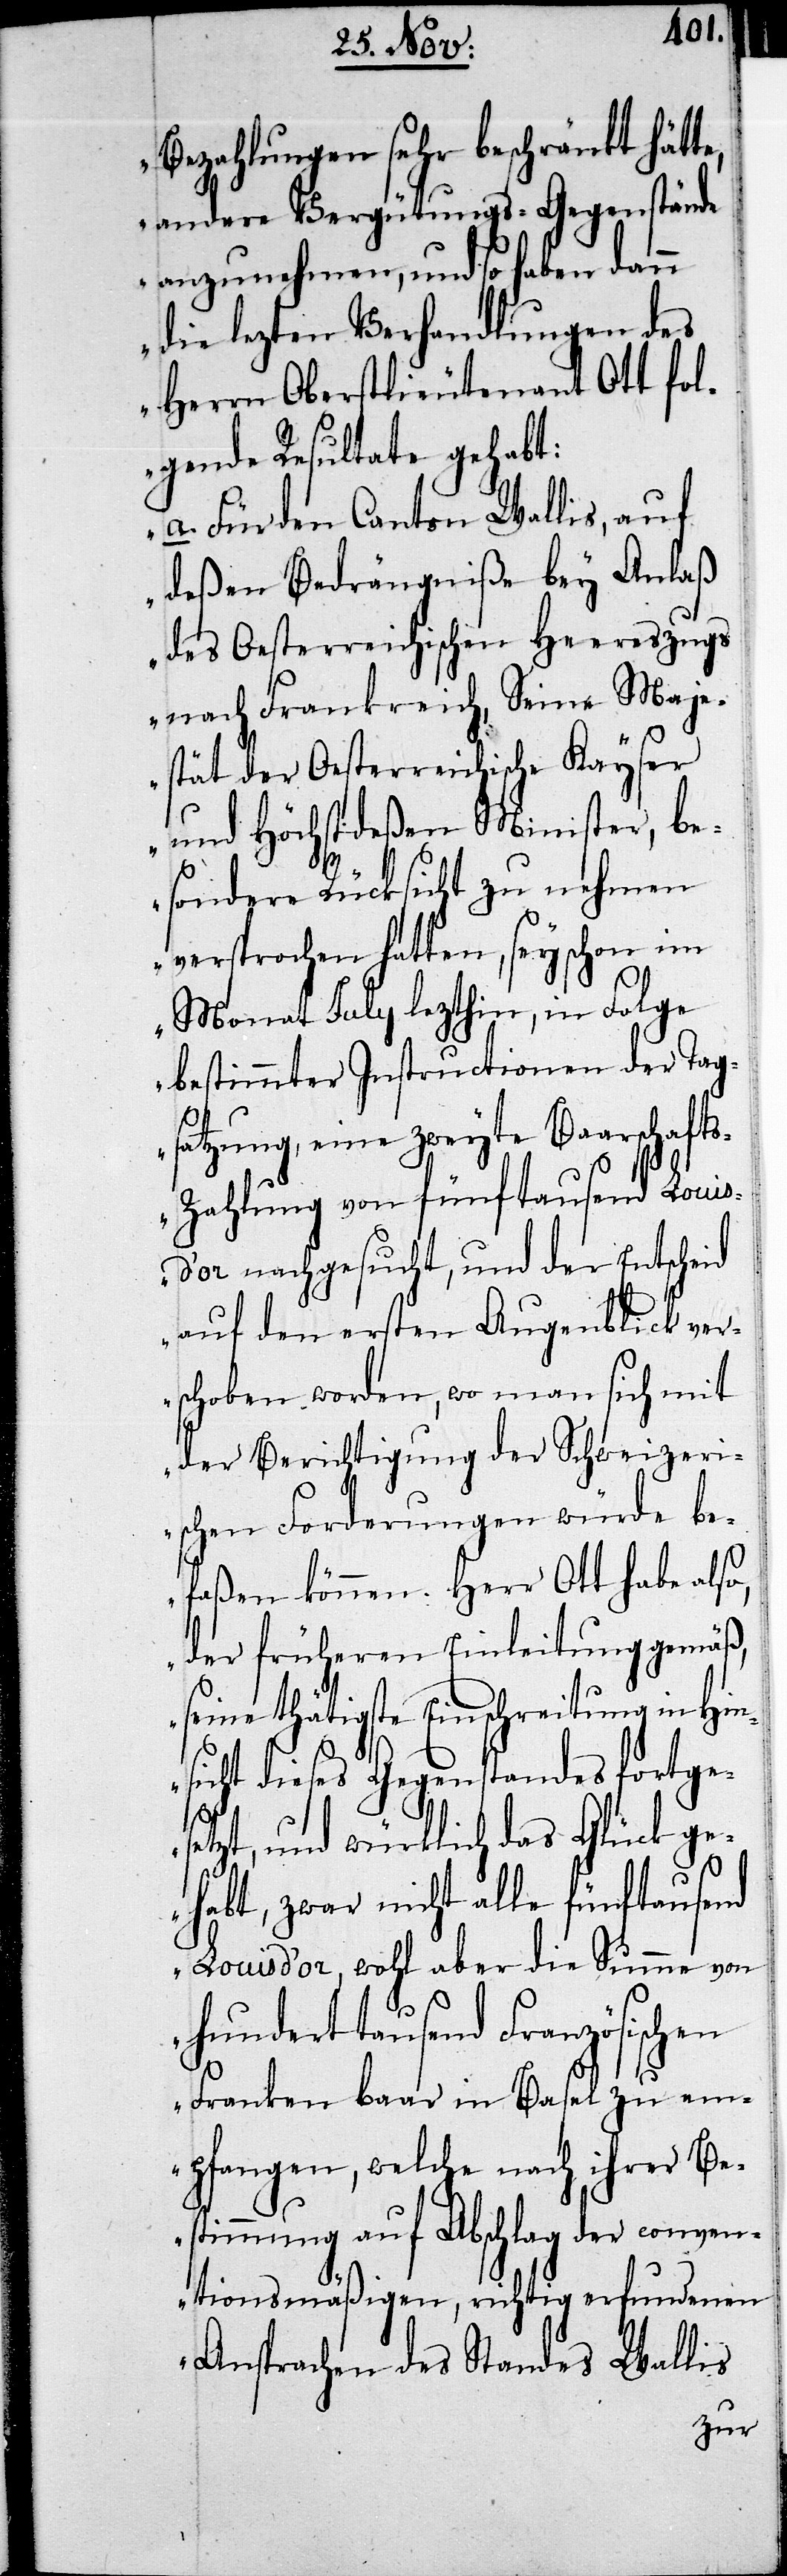
te,
Bezahlungen sehr beschränkt hät¬
andere Vergütungs-Gegenstände
anzunehmen, und so haben dann
die lezten Verhandlungen des
Herrn Oberstlieutenant Ott fol¬
gende Resultate gehabt:
a. Für den Canton Wallis, auf
deßen Bedrängniße bey Anlaß
des Oesterreichischen Heereszugs
nach Frankreich, Seine Maje¬
stät der Oesterreichische Kayser
und Höchstdeßen Minister, be¬
sondere Rücksicht zu nehmen
versprochen hatten, sey schon im
Monath July lezthin, in Folge
bestimmter Instructionen der Tag¬
satzung, eine zweyte Baarschaft¬
s-Zahlung von fünftausend Louis
d’or nachgesucht, und der Entscheid
auf den ersten Augenblick ver¬
schoben worden, wo man sich mit
der Berichtigung der Schweizeri¬
schen Forderungen würde be¬
faßen können. Herr Ott habe also,
der früheren Einleitung gemäß,
seine thätige Einschreitung in Hin¬
sicht dieses Gegenstandes fortge¬
setzt, und würklich das Glück ge¬
habt, zwar nicht alle fünftausend
Louis d’or, wohl aber die Summe von
hunderttausend Französischen
Franken baar in Basel zu em¬
pfangen, welche nach ihrer Be¬
stimmung auf Abschlag der conven¬
tionsmäßigen, richtig erfundenen
Ansprachen des Standes Wallis